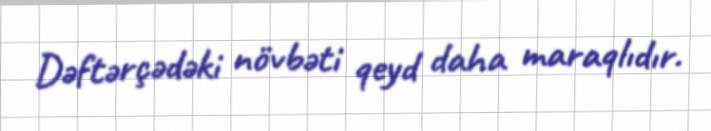
Dəftərçədəki növbəti qeyd daha maraqlıdır.